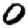
Digit: 0